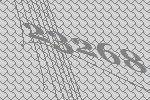
23268